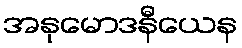
အနုမောဒနီယေန